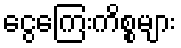
ငွေကြေးကိစ္စများ